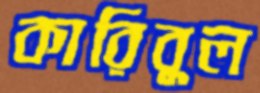
কারিবুল